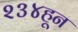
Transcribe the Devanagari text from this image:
२३४हून